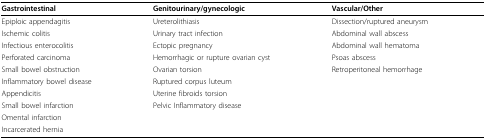
<table><thead><tr><td><b>Gastrointestinal</b></td><td><b>Genitourinary/gynecologic</b></td><td><b>Vascular/Other</b></td></tr></thead><tbody><tr><td>Epiploic appendagitis</td><td>Ureterolithiasis</td><td>Dissection/ruptured aneurysm</td></tr><tr><td>Ischemic colitis</td><td>Urinary tract infection</td><td>Abdominal wall abscess</td></tr><tr><td>Infectious enterocolitis</td><td>Ectopic pregnancy</td><td>Abdominal wall hematoma</td></tr><tr><td>Perforated carcinoma</td><td>Hemorrhagic or rupture ovarian cyst</td><td>Psoas abscess</td></tr><tr><td>Small bowel obstruction</td><td>Ovarian torsion</td><td>Retroperitoneal hemorrhage</td></tr><tr><td>Inflammatory bowel disease</td><td>Ruptured corpus luteum</td><td></td></tr><tr><td>Appendicitis</td><td>Uterine fibroids torsion</td><td></td></tr><tr><td>Small bowel infarction</td><td>Pelvic Inflammatory disease</td><td></td></tr><tr><td>Omental infarction</td><td></td><td></td></tr><tr><td>Incarcerated hernia</td><td></td><td></td></tr></tbody></table>